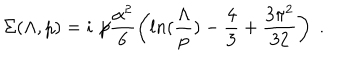
\Sigma ( \Lambda , p ) = i \not \! p \frac { \alpha ^ { 2 } } { 6 } \left( l n ( \frac { \Lambda } { p } ) - \frac { 4 } { 3 } + \frac { 3 \pi ^ { 2 } } { 3 2 } \right) \; .